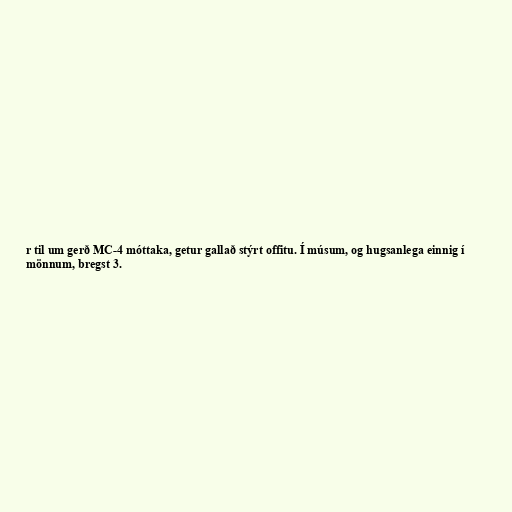
r til um gerð MC-4 móttaka, getur gallað stýrt offitu. Í músum, og hugsanlega einnig í
mönnum, bregst 3.